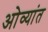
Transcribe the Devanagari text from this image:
ओव्यांत